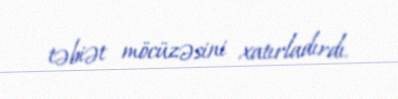
təbiət möcüzəsini xatırladırdı.